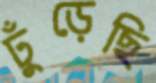
ঢুঁড়েছি